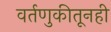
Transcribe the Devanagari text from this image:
वर्तणुकीतूनही